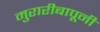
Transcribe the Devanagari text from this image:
मुरारीबापूनी